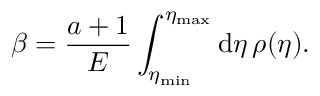
\beta = \frac { a + 1 } { E } \int _ { \eta _ { \mathrm { m i n } } } ^ { \eta _ { \mathrm { m a x } } } \mathrm { d } \eta \, \rho ( \eta ) .